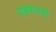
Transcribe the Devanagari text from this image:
राइफलथी